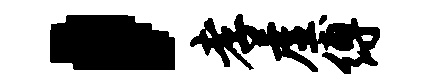
，孝虚缚